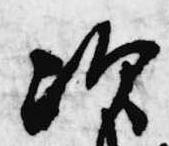
次